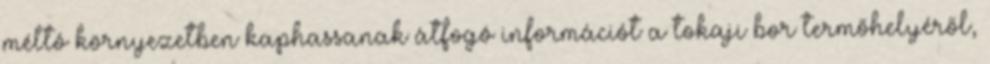
méltó környezetben kaphassanak átfogó információt a tokaji bor termőhelyéről,